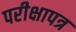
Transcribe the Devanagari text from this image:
परीक्षापत्र